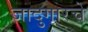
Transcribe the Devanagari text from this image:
जादुगारचे